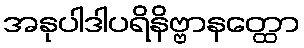
အနုပါဒါပရိနိဗ္ဗာနတ္ထော